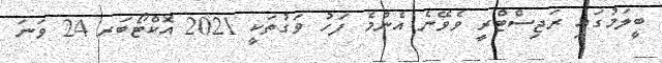
ބީލަމުގައި ރަޖިސްޓްރީ ވެވޭނެ އެންމެ ފަހު ވަގުތަކީ 2021 އޮކްޓޯބަރ 24 ވަނަ